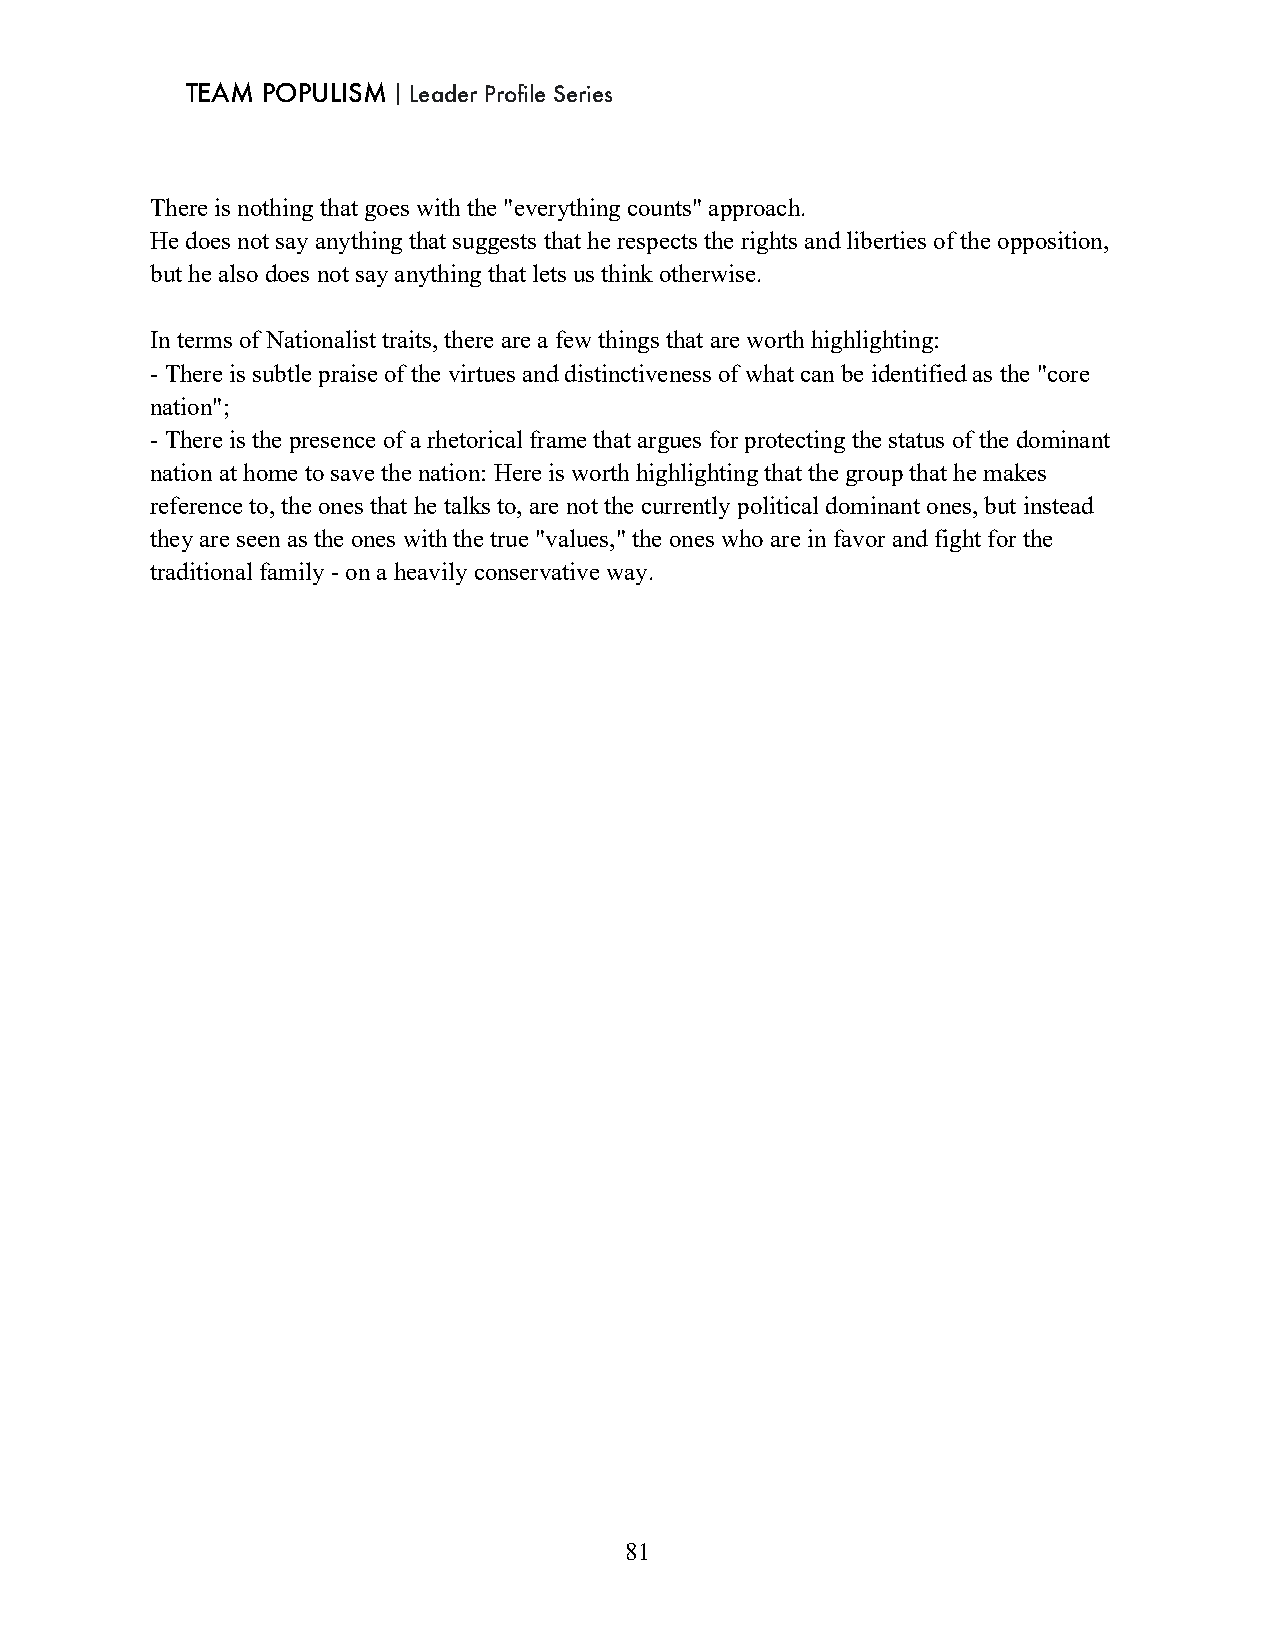
TEAM POPULISM｜Leader Profile Series
 There is nothing that goes with the "everything counts" approach.
 He does not say anything that suggests that he respects the rights and liberties of the opposition,
 but he also does not say anything that lets us think otherwise.
 In terms of Nationalist traits, there are a few things that are worth highlighting:
 - There is subtle praise of the virtues and distinctiveness of what can be identified as the "core
 nation";
 - There is the presence of a rhetorical frame that argues for protecting the status of the dominant
 nation at home to save the nation: Here is worth highlighting that the group that he makes
 reference to, the ones that he talks to, are not the currently political dominant ones, but instead
 they are seen as the ones with the true "values," the ones who are in favor and fight for the
 traditional family - on a heavily conservative way.
 81